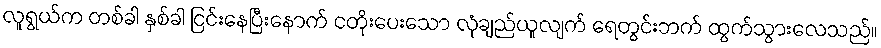
လူရွယ်က တစ်ခါ နှစ်ခါ ငြင်းနေပြီးနောက် ငတိုးပေးသော လုံချည်ယူလျက် ရေတွင်းဘက် ထွက်သွားလေသည်။